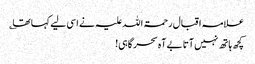
علامہ اقبال رحمۃ اللہ علیہ نے اسی لیے کہا تھا ؎
کچھ ہاتھ نہیں آتا بے آہ سحر گاہی!